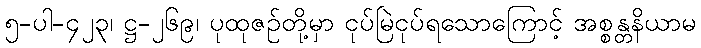
၅-ပါ-၄၂၃၊ ဋ္ဌ-၂၆၉၊ ပုထုဇဉ်တို့မှာ ငုပ်မြဲငုပ်ရသောကြောင့် အစ္စန္တနိယာမ